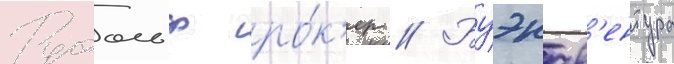
Рудольф ро́к'ер // Буэнав'ентура